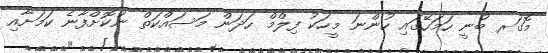
މޮގަރ ބުނީ ހަމަހޭގައި ހުންނަ މީހަކު ފިލްމް ހަދަން މަސައްކަތް ނުކޮށްފާނެ ކަމަށާއި